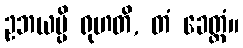
ဥဘယမ္ပိ ရုဟတိ, တံ ခေတ္တံ။